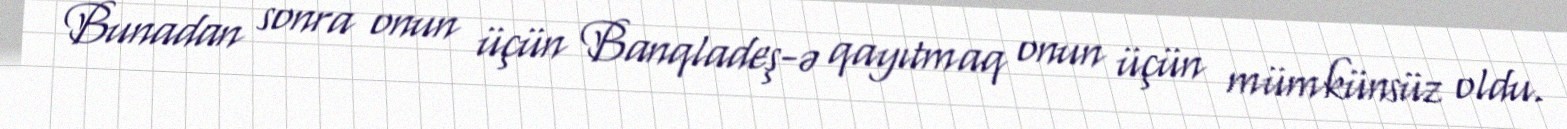
Bunadan sonra onun üçün Banqladeş-ə qayıtmaq onun üçün mümkünsüz oldu.